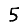
Digit: 5